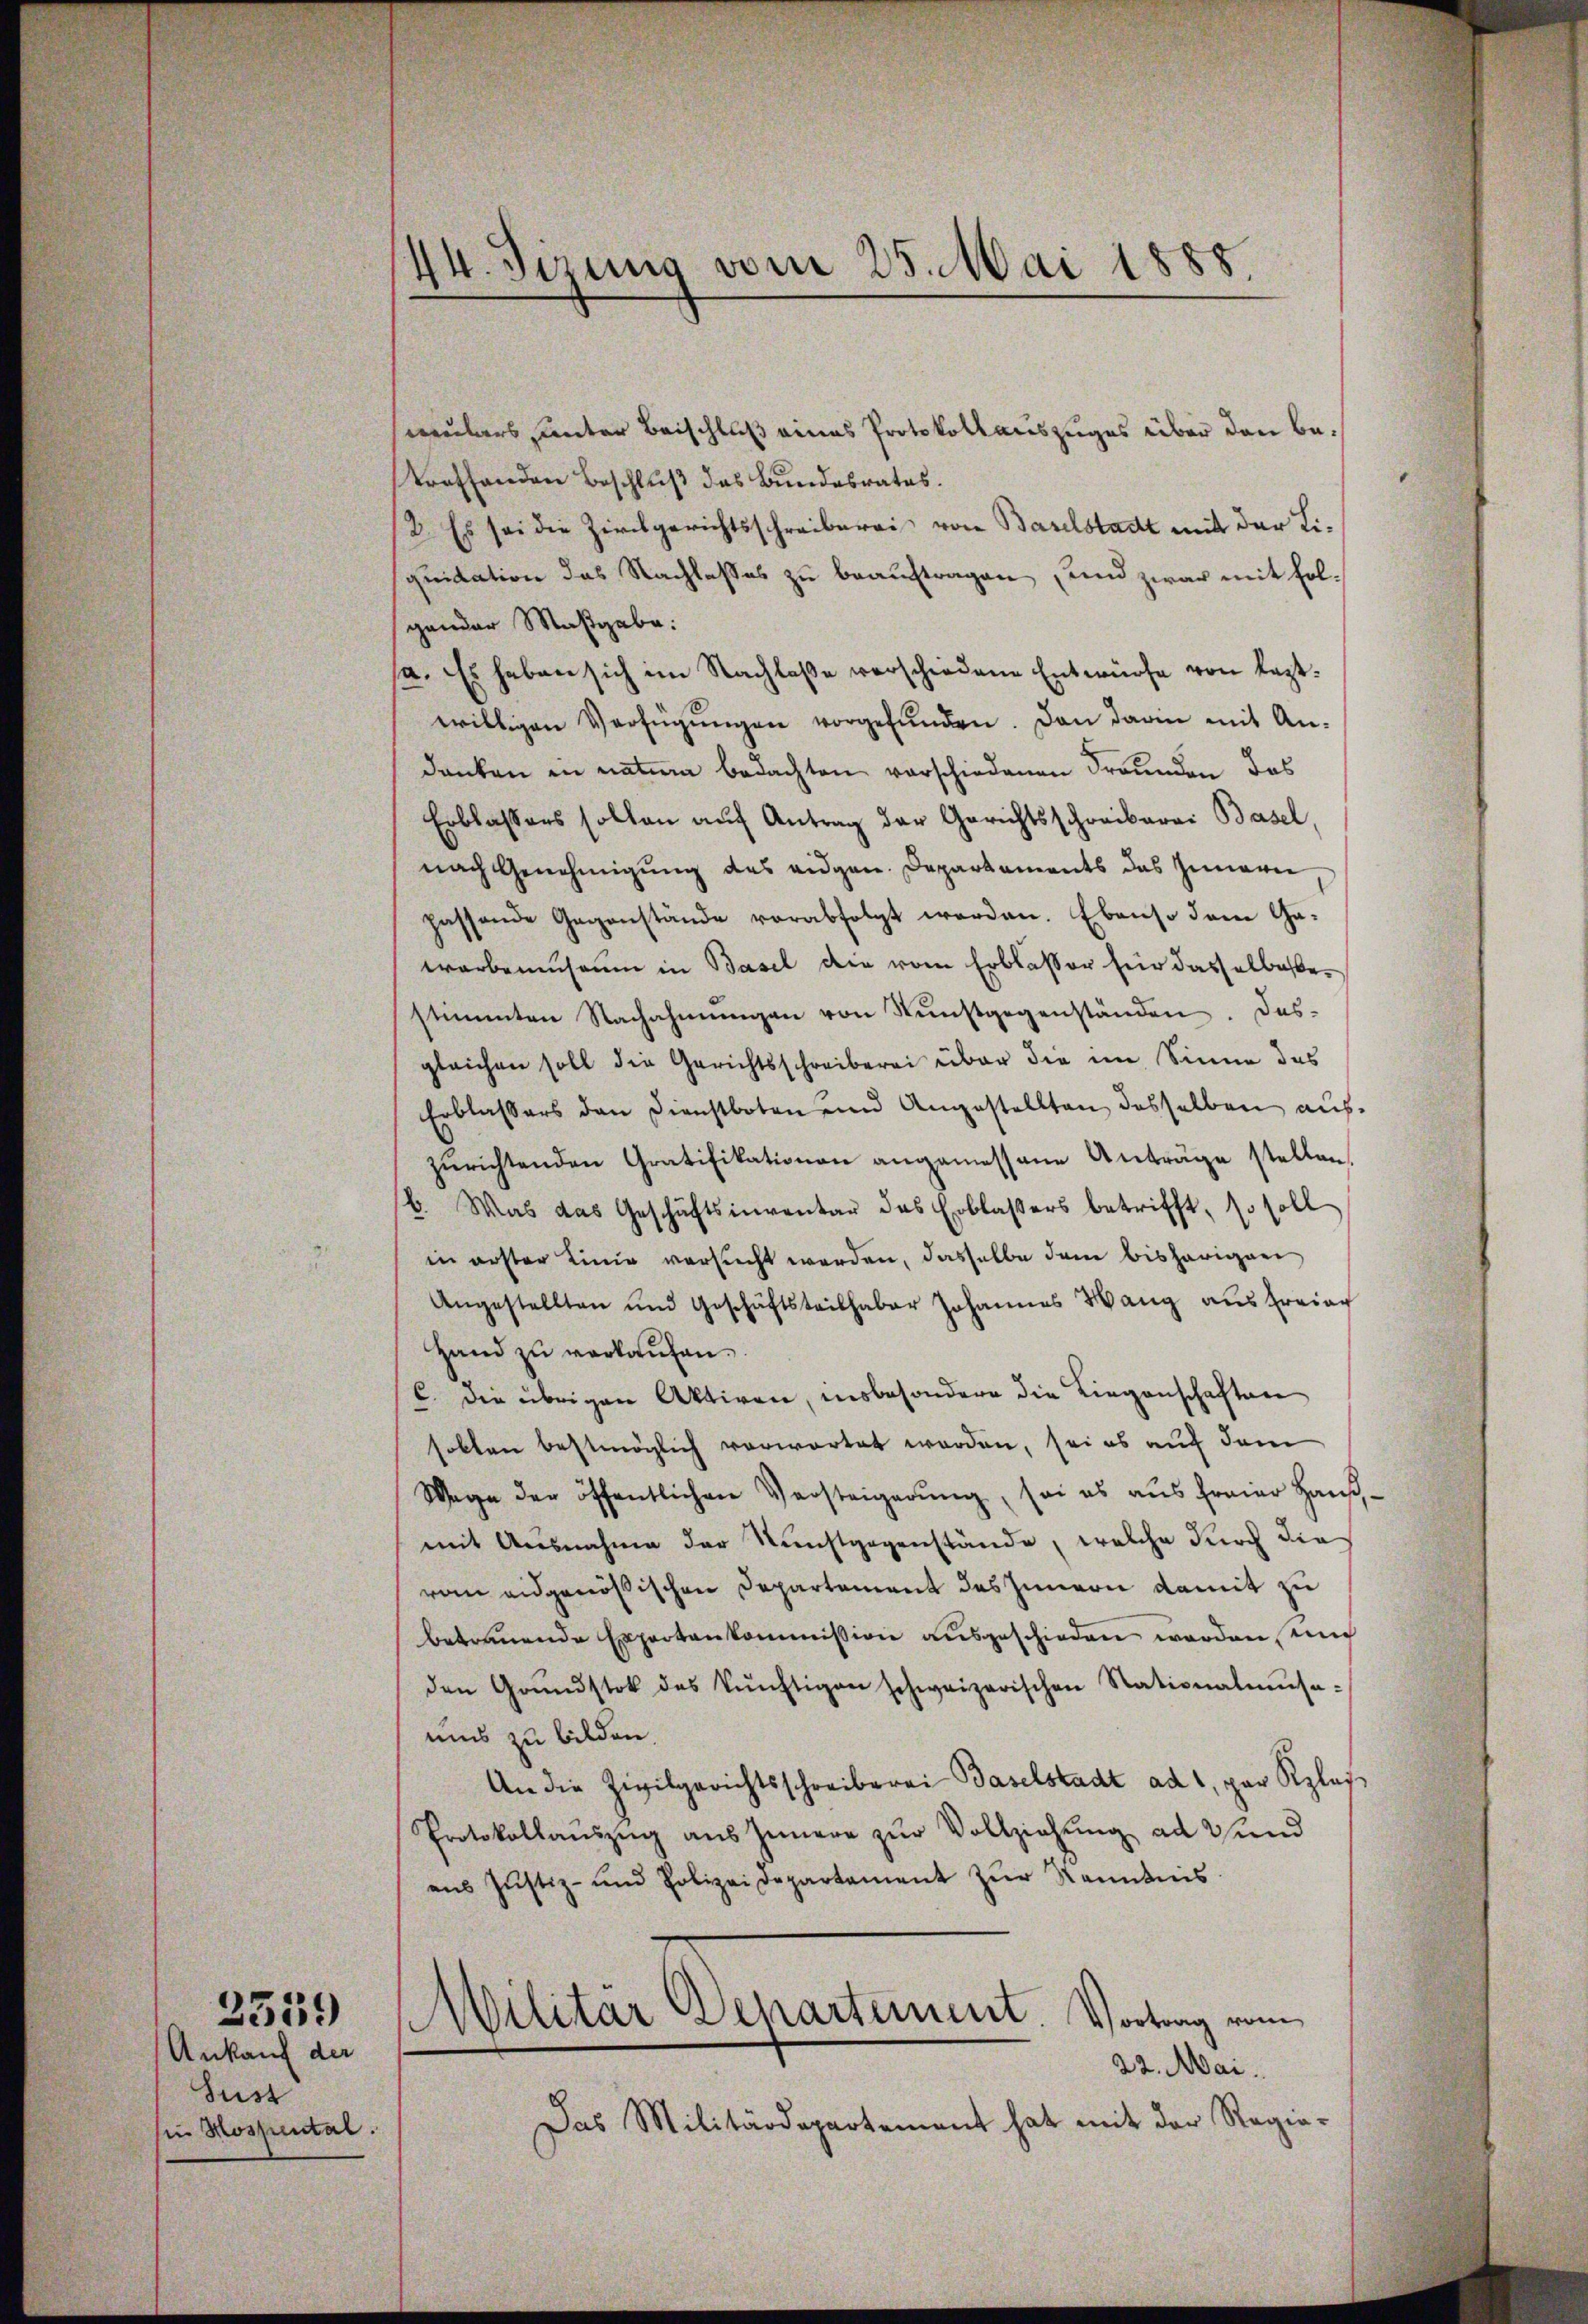
Ankauf der
Just
sie Hospental.

2559

44. Sizung vom 25. Mai 1888.

mulars unter Beischluß eines Protokollauszuges über den betreffenden Beschluß das Bundesrates.
/2. Es sei die Zirchgerichtsschreiberei von Baselstadt mit der Liquidation das Nachlasses zu beauftragen und zwar mit folgander Maßgabe:
sa. Es haben sich im Nachlaße verschiedene Entwürfe von leztwilligen Verfügŭngen vorgefŭnden. Dan darin mit An-
danken in natur bedachten vorschiedenen Freunden das
Erblassens sollen aŭf Antrag der Gerichtsschreiberei Basel,
nach Genehmigung des eidgen. Departaments das Innerie
passende Gegenstände verabfolgt werden. Ebenso dem Ga-
warbensaum in Basel die vom Erblasser für dasselbestestimmten Nachahmungen von Kŭnstgegenständen. Das
gleichen soll die Gerichtsschreiberei über die im Sinne das
Erblassers den Dienstboten und Angestellten desselben auf-
zŭrichtenden Gratifikationen angemessene Anträge stellen
b. Was das Geschäftsinventar des Erblassers betrifft, so soll
in erster Linie versucht werden, dasselbe dem bisherigen
Angestellten und Geschäftsteilhaber Johannes Wang aŭsfreier
Hand zu verkaufen.
. die übrigen Aktiven, insbesondere die Liegenschaften
solten bestmöglich vorwortet worden, sei es auf dem
Wage der öffentlichen Versteigerung, sei es aus freier Hausmit Ausnahme der Kunstgegenstände, welche durch die
rom eidgenößischen Departement des Innern damit zu
betrauende Expertenkommission ausgeschieden worden, mich
den Grŭndstok des künftigen schweizerischen Stationalmŭsa-
ums zu bilden.
An die Zivilgerichtsschreiberei Baselstadt ad 1, par Klas
Protokollaŭszŭg aŭs Innern zŭr Vollziehŭng ad und
ans Justiz- und Polizeidepartament zŭr Kenntnis
Militär Departement Vortrag vom
22. Mai.
Das Militärdepartement hat mit der Regie-